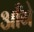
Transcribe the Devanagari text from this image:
आँगे